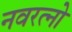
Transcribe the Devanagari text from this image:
नवरत्नो